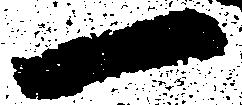
一